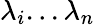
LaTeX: \lambda_{i}...\lambda_{n}